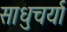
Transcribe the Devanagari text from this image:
साधुचर्या